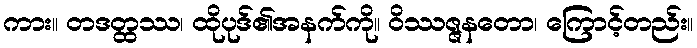
ကား။ တဒတ္ထဿ၊ ထိုပုဒ်၏အနက်ကို။ ဝိဿဇ္ဇနတော၊ ကြောင့်တည်း။